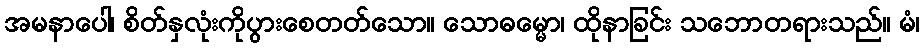
အမနာပေါ၊ စိတ်နှလုံးကိုပွားစေတတ်သော။ သောဓမ္မော၊ ထိုနာခြင်း သဘောတရားသည်။ မံ၊